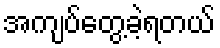
အကျပ်တွေ့ခဲ့ရတယ်